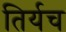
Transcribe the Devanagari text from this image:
तिर्यच